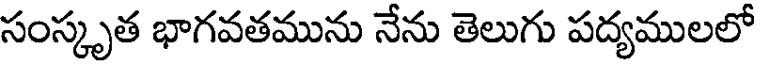
సంస్కృత భాగవతమును నేను తెలుగు పద్యములలో